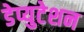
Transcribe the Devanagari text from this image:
डेप्युटेशन